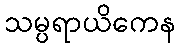
သမ္ပရာယိကေန